Vaccination in Bombay 1902-1912 - 1902-1912
Year: 1902
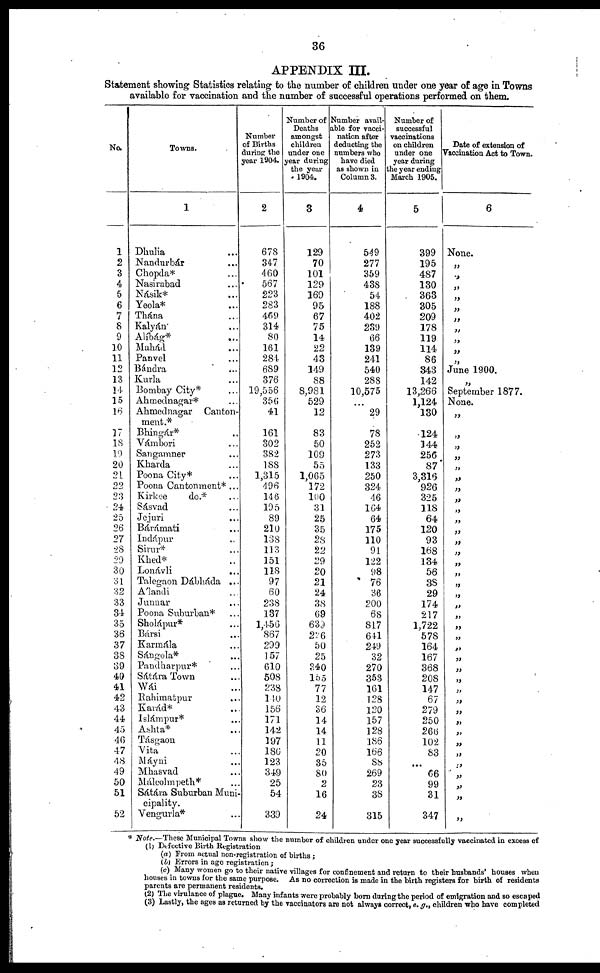
36
APPENDIX III.
Statement showing Statistics relating to the number of children under one year of age in Towns
available for vaccination and the number of successful operations performed on them.
No.
1
2
3
4
5
6
7
8
9
10
11
12
13
14
15
16
17
18
19
20
21
22
23
24
25
26
27
28
29
30
31
32
33
34
35
36
37
38
39
40
41
42
43
44
45
46
47
48
49
50
51
52
Towns.
1
Dhulia ...
Nandurbár ...
Chopda* ...
Nasirabad
...
Násik* ...
Yeola* ...
Thána ...
Kalyán ...
Alíbág*
...
Mahád ...
Panvel ...
Bándra ...
Kurla ...
Bombay City* ...
Ahmednagar* ...
Ahmednagar Canton-
ment.*
Bhingár* ...
Vámbori ...
Sangamner ...
Kharda ...
Poona City* ...
Poona Cantonment* ...
Kirkee
do.* ...
Sásvad ...
Jejuri ...
Bárámati ...
Indápur ...
Sirur* ...
Khed* ...
Lonávli ...
Talegaon Dábháda ...
Álandi ...
Junnar ...
Poona Suburban* ...
Sholápur* ...
Bársi ...
Karmála ...
Sángola* ...
Pandharpur* ...
Sátára Town ...
Wái ...
Rahimatpur ...
Karád* ...
Islámpur* ...
Ashta* ...
Tásgaon ...
Vita ...
Máyni ...
Mhasvad ...
Málcolmpeth* ...
Sátára Suburban Muni-
cipality.
Vengurla* ...
Number
of Births
during the
year 1904.
2
678
347
460
567
223
283
469
314
80
161
284
689
376
19,556
356
41
161
302
382
188
1,315
496
146
195
89
210
138
113
151
118
97
60
238
137
1,456
867
299
157
610
508
238
140
156
171
142
197
186
123
349
25
54
339
Number of
Deaths
amongst
children
under one
year during
the year
1904.
3
129
70
101
129
169
95
67
75
14
22
43
149
88
8,981
529
12
83
50
109
55
1,065
172
100
31
25
35
28
22
29
20
21
24
38
69
639
226
50
25
340
155
77
12
36
14
14
11
20
35
80
2
16
24
Number avail-
able for vacci-
nation after
deducting the
numbers who
have died
as shown in
Column 3.
4
549
277
359
438
54
188
402
239
66
139
241
540
288
10,575
...
29
78
252
273
133
250
324
46
164
64
175
110
91
122
98
76
36
200
68
817
641
249
32
270
353
161
128
120
157
128
186
166
88
269
23
38
315
Number of
successful
vaccinations
on children
under one
year during
the year ending
March 1905.
5
399
195
487
130
363
305
209
178
119
114
86
343
142
13,266
1,124
130
124
144
256
87
3,316
926
325
118
64
120
93
168
134
56
38
29
174
217
1,722
578
164
167
368
208
147
67
279
250
266
102
83
...
66
99
31
347
Date of extension of
Vaccination Act to Town.
6
None.
„
„
„
„
„
„
„
„
„
„
June 1900.
„
September 1877.
None.
„
„
„
„
„
„
„
„
„
„
„
„
„
„
„
„
„
„
„
„
„
„
„
„
„
„
„
„
„
„
„
„
„
„
„
„
„
* Note.—These Municipal Towns show the number of children under one year successfully vaccinated in excess of
(1) Defective Birth Registration
(a) From actual non-registration of births ;
(b) Errors in age registration ;
(c) Many women go to their native villages for confinement and return to their husbands' houses when
houses in towns for the same purpose. As no correction is made in the birth registers for birth of residents
parents are permanent residents.
(2) The virulance of plague. Many infants were probably born during the period of emigration and so escaped
(3) Lastly, the ages as returned by the vaccinators are not always correct, e. g., children who have completed